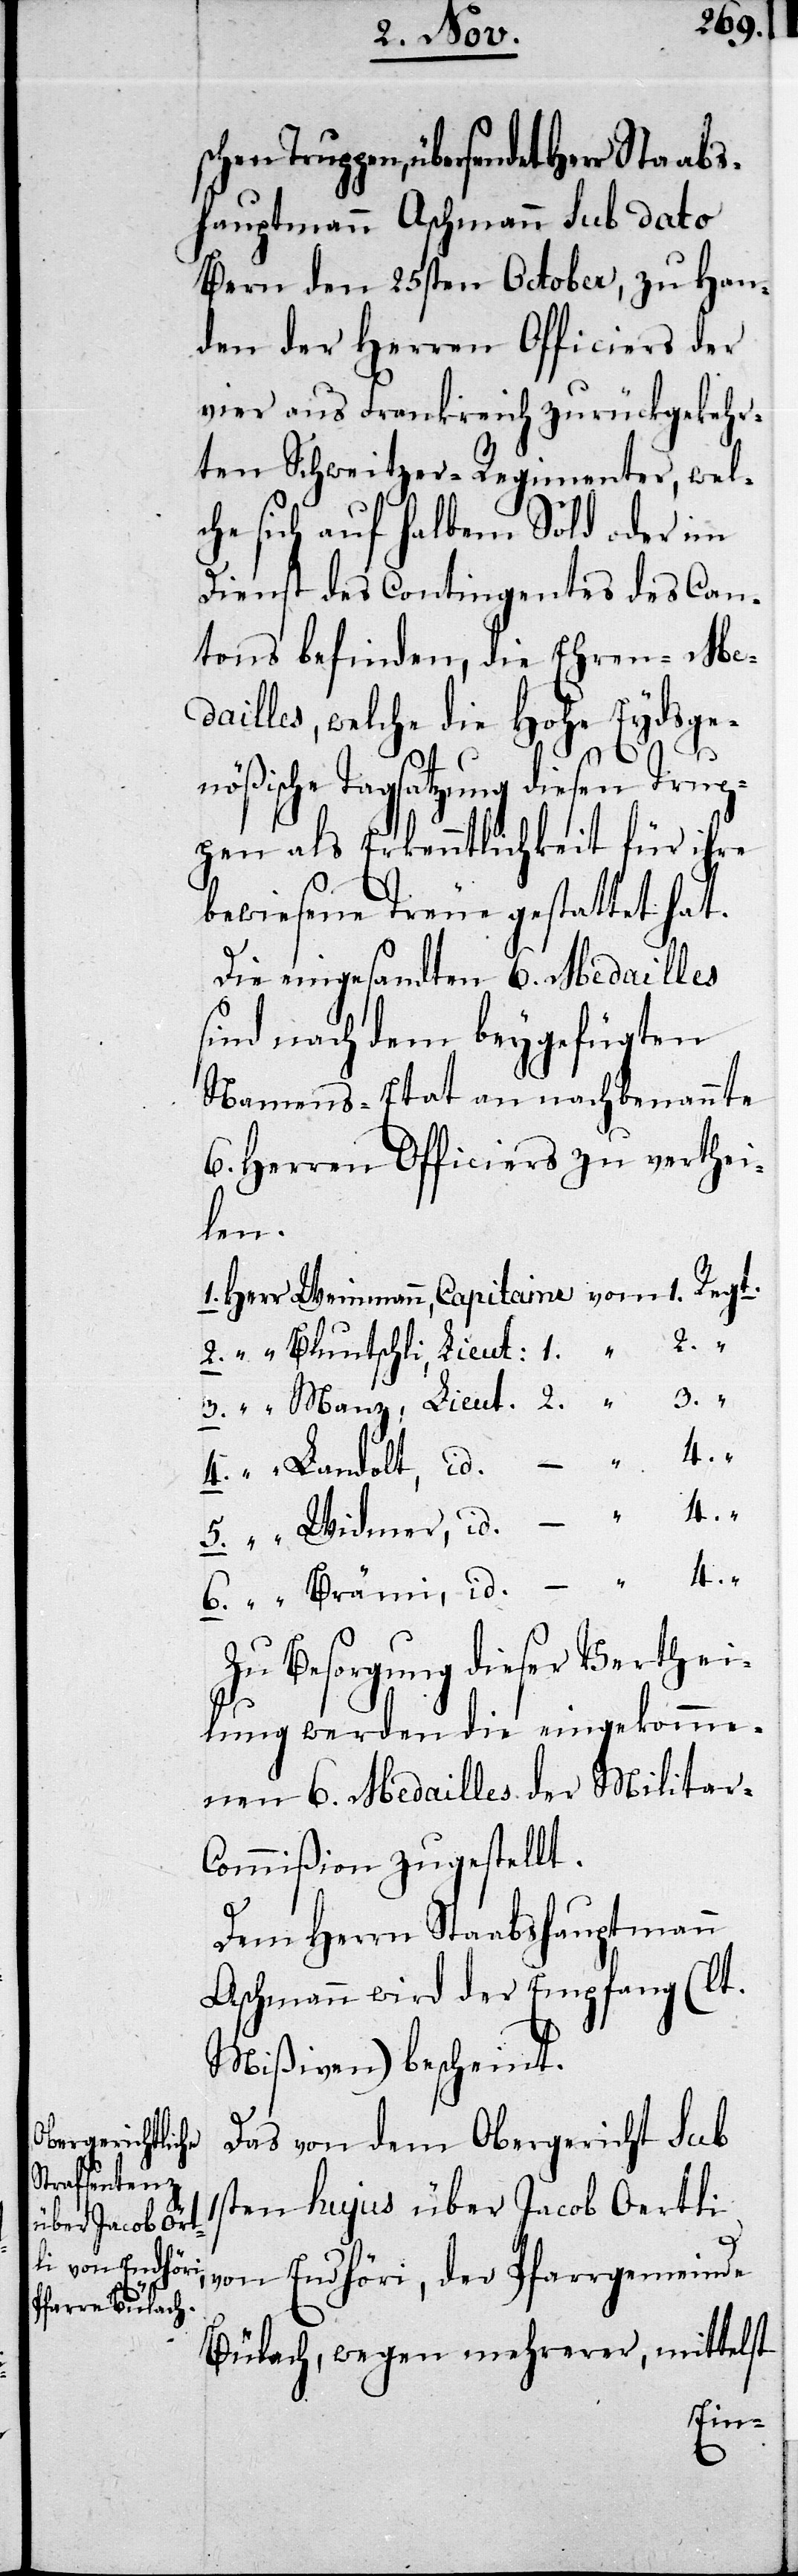
schen Trup¬

pen, übersendet Herr Staabs¬
hauptmann Aschmann sub dato
Bern den 25sten October, zu Han¬
den der Herren Officiers der
vier aus Frankreich zurückgekehr¬
ten Schweitzer-Regimenter, welc¬
he sich auf halbem Sold oder im
Dienst des Contingentes des Can¬
tons befinden, die Ehren-Me¬
dailles, welche die Hohe Eydsge¬
„
nößische Tagsatzung diesen Trup¬
pen als Erkenntlichkeit für ihre
bewiesene Treue gestattet hat.
Die eingesandten 6. Medailles
sind nach dem beygefügten
Namens-Etat an nachbenannte
6. Herren Officiers zu verthei¬
len.
1. Herr Weinmann, Capitaine	vom 	1.	Regt.
2. „ Bluntschli, Lieut: 1.	„	2.
3. „ Manz, Lieut: 2.	„	3.
4. „ Landolt, id. –	„	4.
5. „ Widmer, id. –	„	4.
Zu Besorgung dieser Verthei¬
lung werden die eingekomme¬
nen 6. Medailles der Militar-C¬
ommißion zugestellt.
Dem Herrn Staabshauptmann
Aschmann wird der Empfang (lt.
Mißiven) bescheint.
Das von dem Obergericht sub
1sten hujus über Jacob Oertli
von Endhöri, der Pfarrgemeinde
Bülach, wegen mehrerer, mittelst